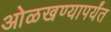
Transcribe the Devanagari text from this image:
ओळखण्यापर्यंत